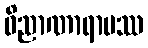
ဝိညာဏာရာမဿ